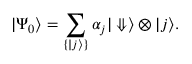
| \Psi _ { 0 } \rangle = \sum _ { \{ | j \rangle \} } \alpha _ { j } | \Downarrow \rangle \otimes | j \rangle .